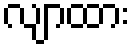
လျာထား